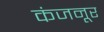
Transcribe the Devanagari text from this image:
कंजनूर